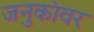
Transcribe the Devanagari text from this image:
जनुकांवर